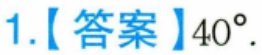
1.【答案】\(40^{\circ}\).